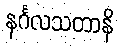
နင်္ဂလသတာနိ